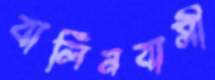
বার্লিনবাসী